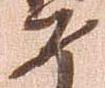
如